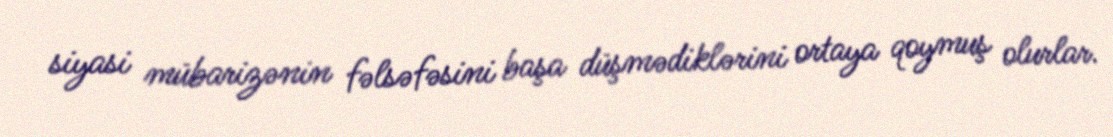
siyasi mübarizənin fəlsəfəsini başa düşmədiklərini ortaya qoymuş olurlar.